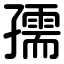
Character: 孺